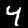
Digit: 4